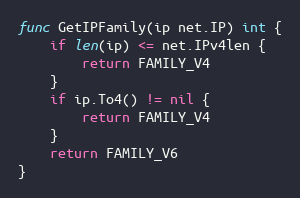
Language: Go
func GetIPFamily(ip net.IP) int {
	if len(ip) <= net.IPv4len {
		return FAMILY_V4
	}
	if ip.To4() != nil {
		return FAMILY_V4
	}
	return FAMILY_V6
}